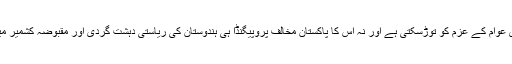
ہندوستان کو یہ سمجھنا چاہیے کہ اس کی بربریت کشمیری عوام کے عزم کو توڑسکتی ہے اور نہ اس کا پاکستان مخالف پروپیگنڈا ہی ہندوستان کی ریاستی دہشت گردی اور مقبوضہ کشمیر میں انسانی حقوق کی خلاف ورزیوں سے توجہ ہٹا سکتا ہے۔